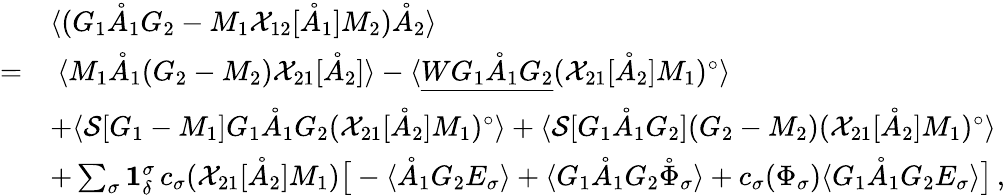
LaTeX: \begin{array}{rl}&{\langle(G_{1}\mathring{A}_{1}G_{2}-M_{1}\mathcal{X}_{12}[\mathring{A}_{1}]M_{2})\mathring{A}_{2}\rangle}\\ {=}&{\ \langle M_{1}\mathring{A}_{1}(G_{2}-M_{2}){\mathcal{X}}_{21}[\mathring{A}_{2}]\rangle-\langle\underline{{WG_{1}\mathring{A}_{1}G_{2}}}({\mathcal{X}}_{21}[\mathring{A}_{2}]M_{1})^{\circ}\rangle}\\ &{+\langle\mathcal{S}[G_{1}-M_{1}]G_{1}\mathring{A}_{1}G_{2}({\mathcal{X}}_{21}[\mathring{A}_{2}]M_{1})^{\circ}\rangle+\langle\mathcal{S}[G_{1}\mathring{A}_{1}G_{2}](G_{2}-M_{2})({\mathcal{X}}_{21}[\mathring{A}_{2}]M_{1})^{\circ}\rangle}\\ &{+\sum_{\sigma}\mathbf{1}_{\delta}^{\sigma}\, c_{\sigma}({\mathcal{X}}_{21}[\mathring{A}_{2}]M_{1})\big[-\langle\mathring{A}_{1}G_{2}E_{\sigma}\rangle+\langle G_{1}\mathring{A}_{1}G_{2}\mathring{\Phi}_{\sigma}\rangle+c_{\sigma}(\Phi_{\sigma})\langle G_{1}\mathring{A}_{1}G_{2}E_{\sigma}\rangle\big]\, ,}\end{array}